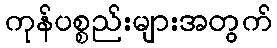
ကုန်ပစ္စည်းများအတွက်